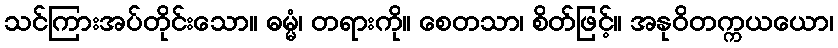
သင်ကြားအပ်တိုင်းသော။ ဓမ္မံ၊ တရားကို။ စေတသာ၊ စိတ်ဖြင့်။ အနုဝိတက္ကယယော၊